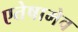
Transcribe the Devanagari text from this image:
एतेषामेव